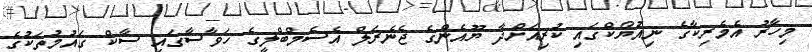
މިހާރު އެމެރިކާގެ ނިއުޔޯކްގައި ކުރިއަށްދާ ޔޫއެންގެ ޖެނެރަލް އެސެމްބްލީގެ ހަވާސާގައި ސާކް ގައުމުތަކުގެ